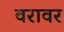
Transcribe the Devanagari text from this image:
वरावर